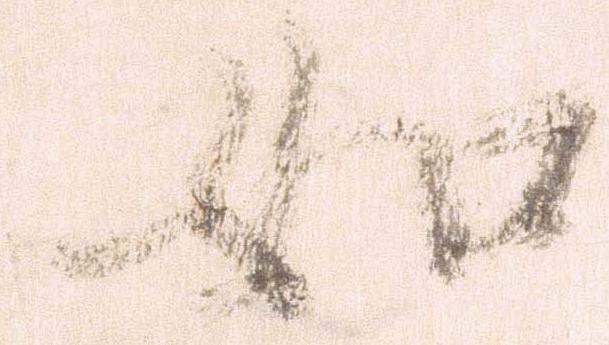
如